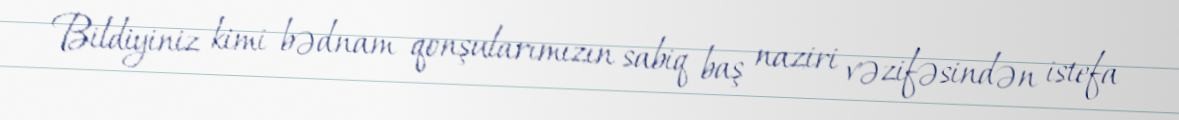
Bildiyiniz kimi bədnam qonşularımızın sabiq baş naziri vəzifəsindən istefa